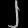
Digit: ၂